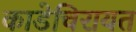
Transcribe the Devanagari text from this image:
काडेचिरायत